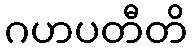
ဂဟပတီတိ